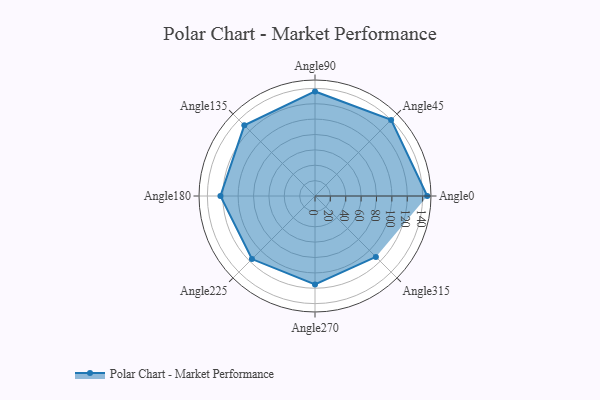
{"axis": {"x": "Angle", "y": "Radius"}, "legend": [""], "data": [{"x": "Angle0", "y": 146.0, "type": ""}, {"x": "Angle45", "y": 140.0, "type": ""}, {"x": "Angle90", "y": 136.0, "type": ""}, {"x": "Angle135", "y": 130.0, "type": ""}, {"x": "Angle180", "y": 123.0, "type": ""}, {"x": "Angle225", "y": 116.0, "type": ""}, {"x": "Angle270", "y": 115.0, "type": ""}, {"x": "Angle315", "y": 112.0, "type": ""}]}